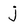
Character: j